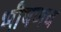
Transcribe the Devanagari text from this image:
भीषणच